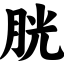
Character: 胱